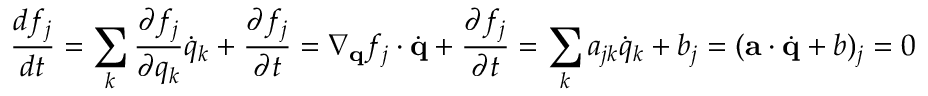
\frac { d f _ { j } } { d t } = \sum _ { k } \frac { \partial f _ { j } } { \partial q _ { k } } \dot { q } _ { k } + \frac { \partial f _ { j } } { \partial t } = \nabla _ { \mathbf { q } } f _ { j } \cdot \dot { \mathbf { q } } + \frac { \partial f _ { j } } { \partial t } = \sum _ { k } a _ { j k } \dot { q } _ { k } + b _ { j } = ( \mathbf { a } \cdot \dot { \mathbf { q } } + b ) _ { j } = 0